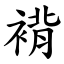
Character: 褙